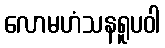
လောမဟံသနရူပဝါ